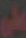
على